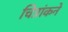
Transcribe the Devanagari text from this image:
चित्रांकने